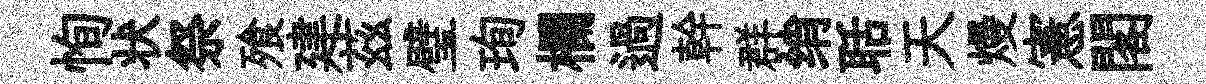
恂状祭飱建茲璧珣欄過幹群绡聒天熳憲閣